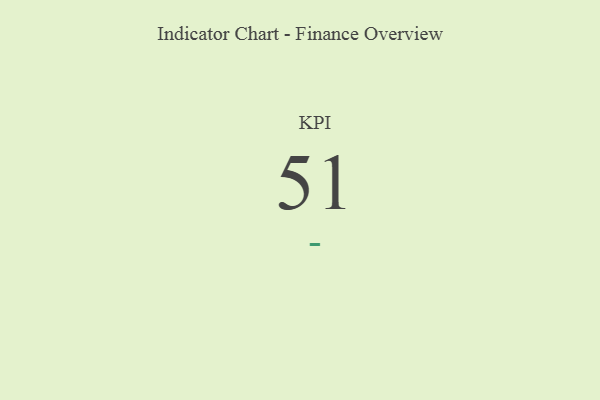
{"axis": {"x": "KPI", "y": "Value"}, "legend": [""], "data": [{"x": "KPI", "y": 51, "type": ""}]}